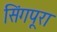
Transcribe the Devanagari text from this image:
सिंगपूरा